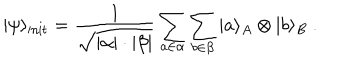
| \psi \rangle _ { \mathrm { i n i t } } = { \frac { 1 } { \sqrt { | \alpha | \cdot | \beta | } } } \sum _ { a \in \alpha } \sum _ { b \in \beta } | a \rangle _ { A } \otimes | b \rangle _ { B } ~ .